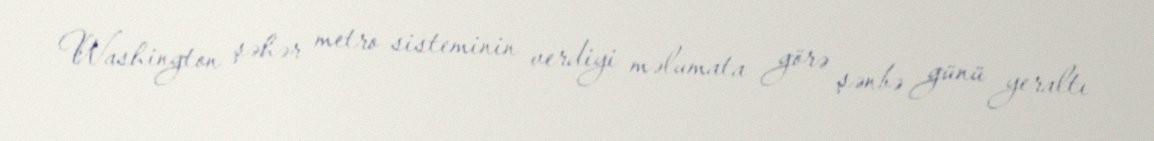
Washington şəhər metro sisteminin verdiyi məlumata görə şənbə günü yeraltı